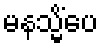
မနသ္မိံပေ